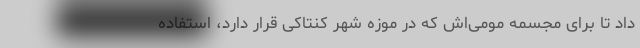
داد تا برای مجسمه مومی‌اش که در موزه شهر کنتاکی قرار دارد، استفاده